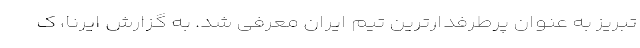
تبریز به عنوان پرطرفدارترین تیم ایران معرفی شد. به گزارش ایرنا، ک